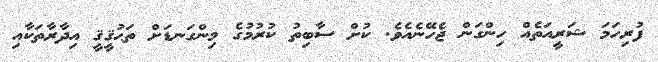
ފުރިހަމަ ޝަރީއަތެއް ހިންގަން ޖެހޭނެއެވެ. ކުށް ސާބިތު ކުރުމުގެ މިންގަނޑަށް ތަޙުޤީޤީ އިދާރާތަކާއި